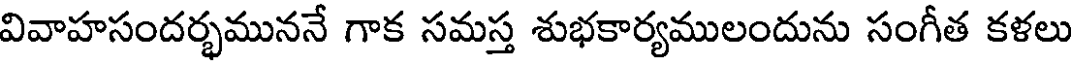
వివాహసందర్భముననే గాక సమస్త శుభకార్యములందును సంగీత కళలు